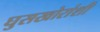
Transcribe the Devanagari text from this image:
घुसखोरांशी